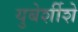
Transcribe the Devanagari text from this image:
युबेर्शीशे